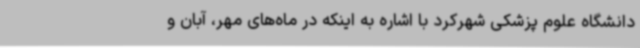
دانشگاه علوم پزشکی شهرکرد با اشاره به اینکه در ماه‌های مهر، آبان و